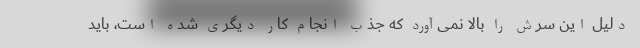
دلیل این سرش را بالا نمی‌آورد که جذب انجام کار دیگری شده است، باید